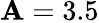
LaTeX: \mathbf{A}=3.5